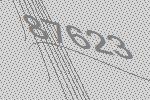
87623